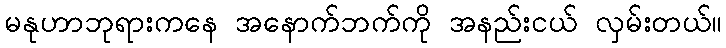
မနုဟာဘုရားကနေ အနောက်ဘက်ကို အနည်းငယ် လှမ်းတယ်။